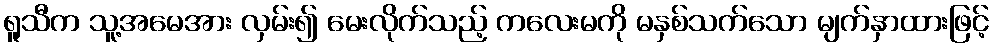
ရူသီက သူ့အမေအား လှမ်း၍ မေးလိုက်သည့် ကလေးမကို မနှစ်သက်သော မျက်နှာထားဖြင့်